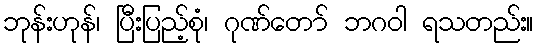
ဘုန်းဟုန်၊ ပြီးပြည့်စုံ၊ ဂုဏ်တော် ဘဂဝါ ရသတည်း။